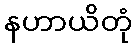
နဟာယိတုံ